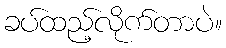
ခပ်ထည့်လိုက်တာပဲ။